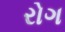
રોગ